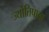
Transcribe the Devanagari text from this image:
ज्योतिषाला